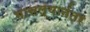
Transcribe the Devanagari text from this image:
भासल्यानंतर